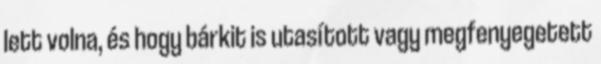
lett volna, és hogy bárkit is utasított vagy megfenyegetett